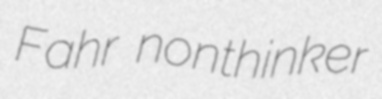
Fahr nonthinker